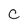
Character: C